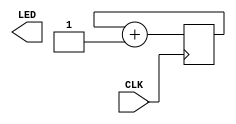
// This should blink at a rate of ~ second

module main (input CLK, output [0:3] LED);
  
  parameter N = 24;
  
  reg [N-1:0] cnt;
  
  always @(posedge CLK) begin
    cnt <= cnt+1;
  end
  assign LED[0] = cnt[N-1];

endmodule